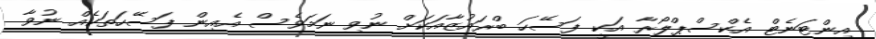
އިންޓަނެޓް އެކްސްޕްލޯރާ އަކީ ފަސޭހަ ބްރައުޒާއަކަށް ނުވި ނަމަވެސް އެއިން ފަސޭހަތަކެއް ނުވާ